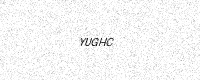
Text: YUGHC